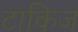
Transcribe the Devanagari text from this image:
टाकिज